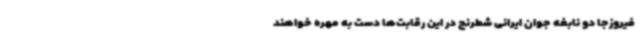
فیروزجا دو نابغه جوان ایرانی شطرنج در این رقابت‌ها دست به مهره خواهند